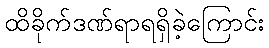
ထိခိုက်ဒဏ်ရာရရှိခဲ့ကြောင်း